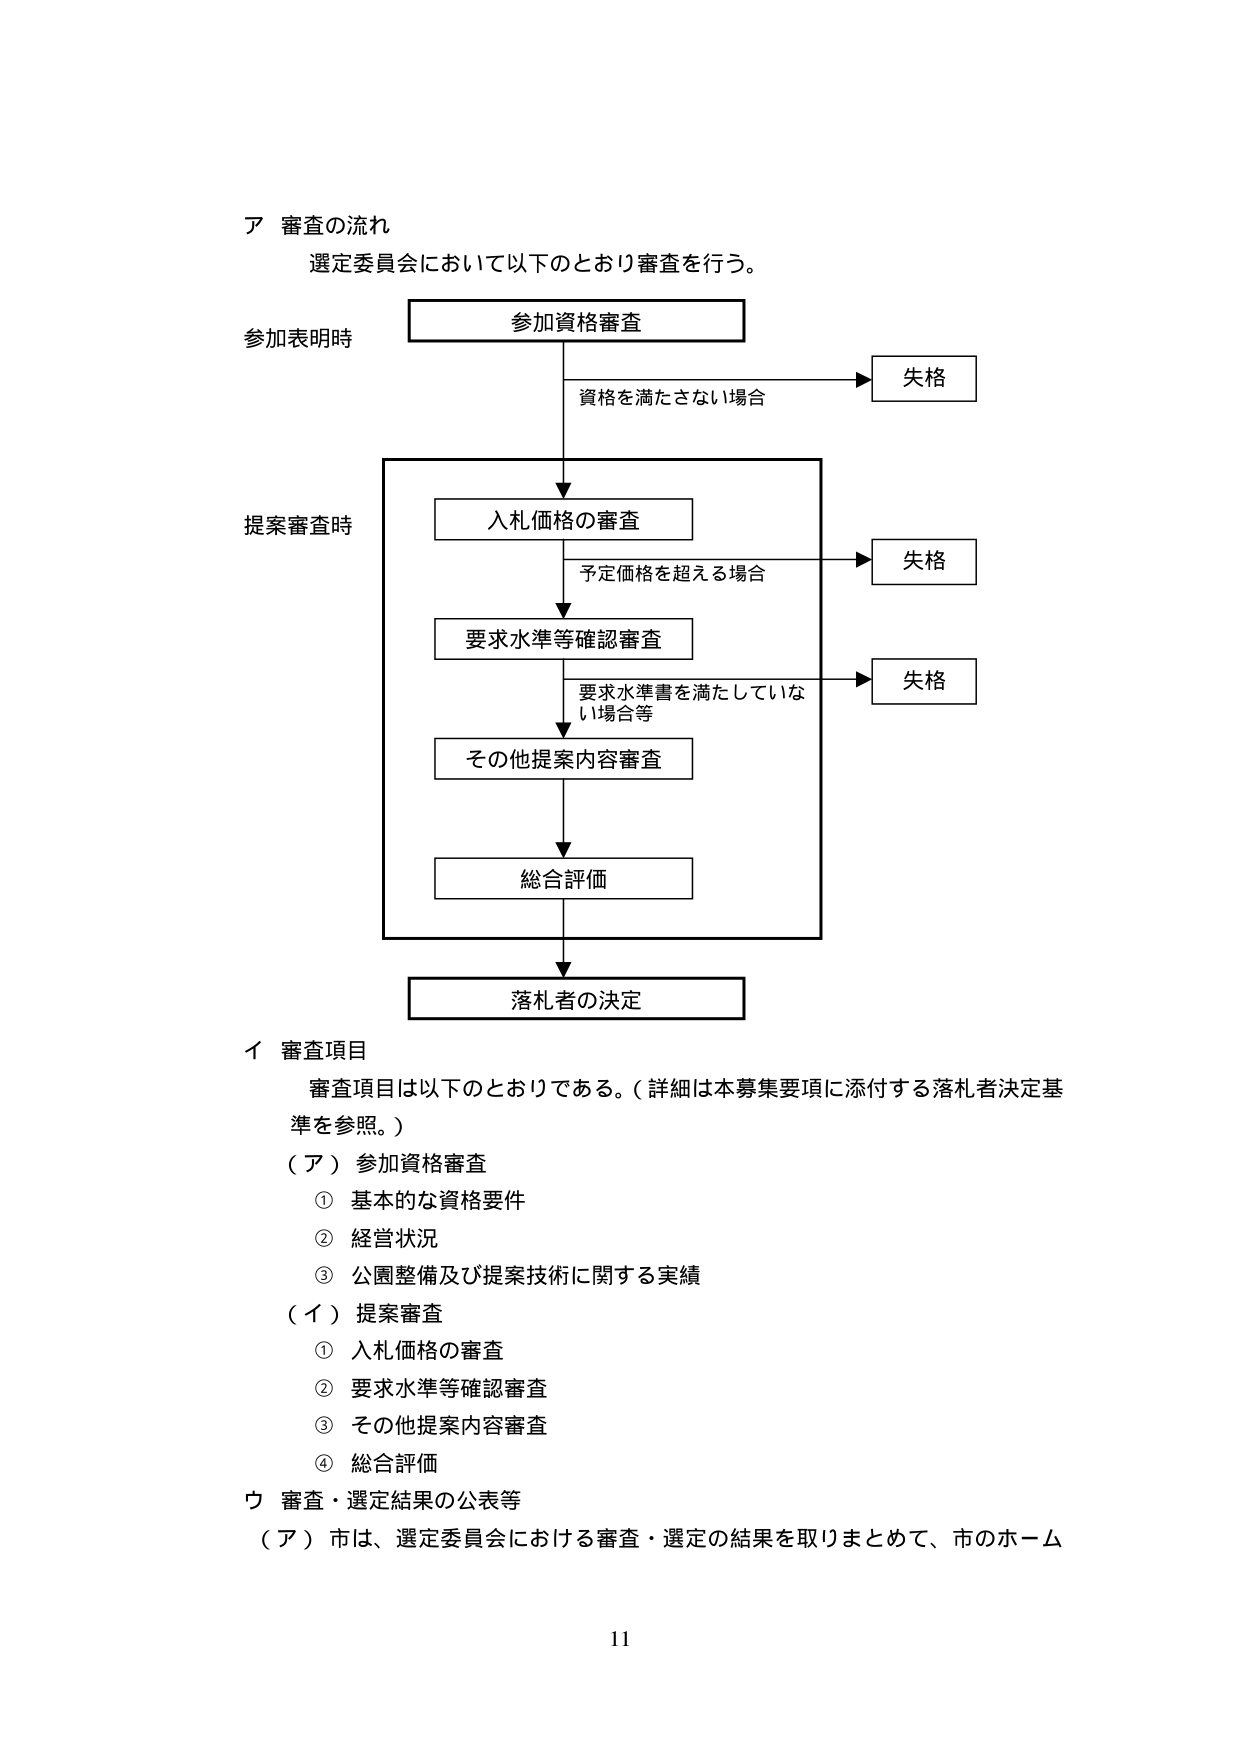
ア 審査の流れ
選定委員会において以下のとおり審査を行う。

参加表明時
参加資格審査
資格を満たさない場合 → 失格

提案審査時
入札価格の審査
予定価格を超える場合 → 失格
要求水準等確認審査
要求水準書を満たしていない場合等 → 失格
その他提案内容審査
総合評価
落札者の決定

イ 審査項目
審査項目は以下のとおりである。（詳細は本募集要項に添付する落札者決定基準を参照。）
（ア）参加資格審査
① 基本的な資格要件
② 経営状況
③ 公園整備及び提案技術に関する実績
（イ）提案審査
① 入札価格の審査
② 要求水準等確認審査
③ その他提案内容審査
④ 総合評価

ウ 審査・選定結果の公表等
（ア）市は、選定委員会における審査・選定の結果を取りまとめて、市のホーム

11